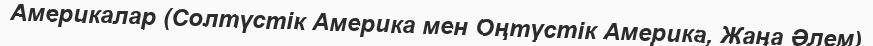
Америкалар (Солтүстік Америка мен Оңтүстік Америка, Жаңа Әлем)